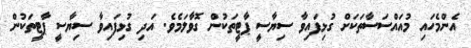
އެންމެހައި މުއައްސަސާތަކަށް ގުޅިފައިވާ ސިޔާސީ ޕާޓީތަކުން ގޮވާލަމެވެ. އަދި ގުޅިފައިވާ ސިޔާސީ ޕާޓީތަކުން